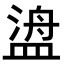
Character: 𬐯